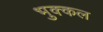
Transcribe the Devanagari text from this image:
भुक्कल